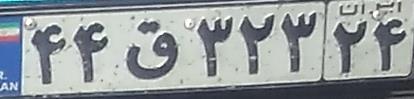
۴۴ق۳۲۳۲۴